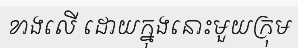
ខាងលើ ដោយក្នុងនោះមួយក្រុម